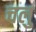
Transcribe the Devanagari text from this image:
चलु